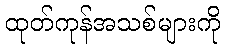
ထုတ်ကုန်အသစ်များကို